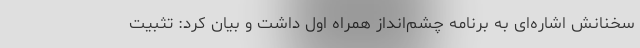
سخنانش اشاره‌ای به برنامه چشم‌انداز همراه اول داشت و بیان کرد: تثبیت